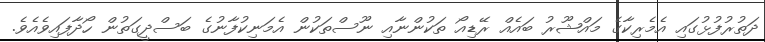
ދަތުރުފުޅުގައި އެމެރިކާގެ މައްޝޫރު ބައެއް ރޭޑިއޯ ތަކުންނާއި ނޫސްތަކުން އެމަނިކުފާނުގެ ބަސްދީގަތުން ހޯދާފައިވެއެވެ.